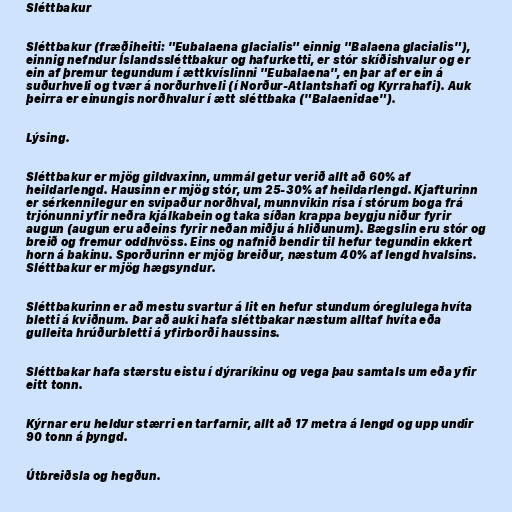
Sléttbakur

Sléttbakur (fræðiheiti: "Eubalaena glacialis" einnig "Balaena glacialis"),
einnig nefndur Íslandssléttbakur og hafurketti, er stór skíðishvalur og er
ein af þremur tegundum í ættkvíslinni "Eubalaena", en þar af er ein á
suðurhveli og tvær á norðurhveli (í Norður-Atlantshafi og Kyrrahafi). Auk
þeirra er einungis norðhvalur í ætt sléttbaka ("Balaenidae").

Lýsing.

Sléttbakur er mjög gildvaxinn, ummál getur verið allt að 60% af
heildarlengd. Hausinn er mjög stór, um 25-30% af heildarlengd. Kjafturinn
er sérkennilegur en svipaður norðhval, munnvikin rísa í stórum boga frá
trjónunni yfir neðra kjálkabein og taka síðan krappa beygju niður fyrir
augun (augun eru aðeins fyrir neðan miðju á hliðunum). Bægslin eru stór og
breið og fremur oddhvöss. Eins og nafnið bendir til hefur tegundin ekkert
horn á bakinu. Sporðurinn er mjög breiður, næstum 40% af lengd hvalsins.
Sléttbakur er mjög hægsyndur.

Sléttbakurinn er að mestu svartur á lit en hefur stundum óreglulega hvíta
bletti á kviðnum. Þar að auki hafa sléttbakar næstum alltaf hvíta eða
gulleita hrúðurbletti á yfirborði haussins.

Sléttbakar hafa stærstu eistu í dýraríkinu og vega þau samtals um eða yfir
eitt tonn.

Kýrnar eru heldur stærri en tarfarnir, allt að 17 metra á lengd og upp undir
90 tonn á þyngd.

Útbreiðsla og hegðun.